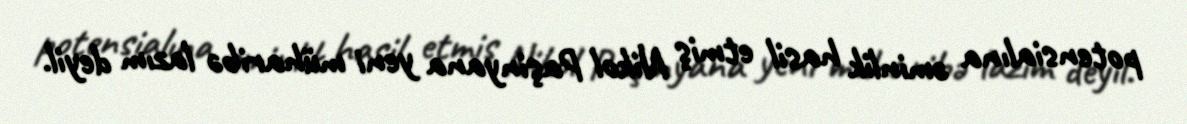
potensialına əminlik hasil etmiş Nikol Paşinyana yeni müharibə lazım deyil.